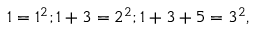
1 = 1 ^ { 2 } ; 1 + 3 = 2 ^ { 2 } ; 1 + 3 + 5 = 3 ^ { 2 } ,